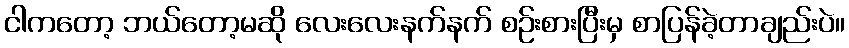
ငါကတော့ ဘယ်တော့မဆို လေးလေးနက်နက် စဉ်းစားပြီးမှ စာပြန်ခဲ့တာချည်းပဲ။